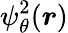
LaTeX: \psi_{\theta}^{2}({\boldsymbol{r}})